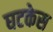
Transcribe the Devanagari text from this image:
घटकेस